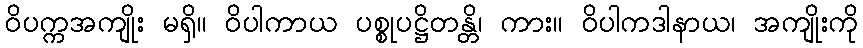
ဝိပက္ကအကျိုး မရှိ။ ဝိပါကာယ ပစ္စုပဋ္ဌိတန္တိ၊ ကား။ ဝိပါကဒါနာယ၊ အကျိုးကို